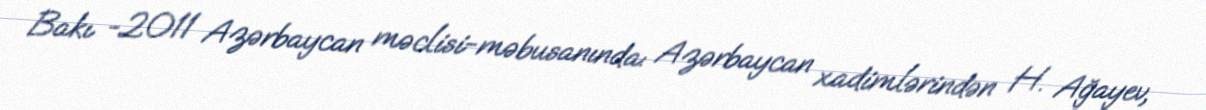
Bakı -2011 Azərbaycan məclisi-məbusanında: Azərbaycan xadimlərindən H. Ağayev,